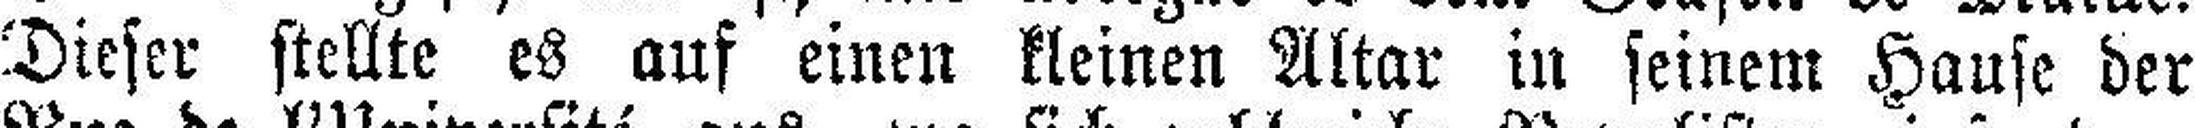
Dieser stellte es auf einen kleinen Altar in seinem Hause der